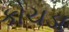
કોચડા